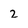
Character: 2